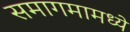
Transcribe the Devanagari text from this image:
समागमामध्ये